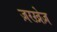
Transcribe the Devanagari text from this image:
ज़रख़ेज़